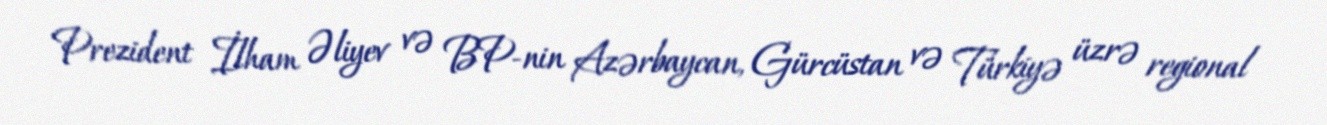
Prezident İlham Əliyev və BP-nin Azərbaycan, Gürcüstan və Türkiyə üzrə regional